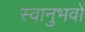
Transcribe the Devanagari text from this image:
स्वानुभवों